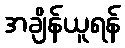
အချိန်ယူရန်